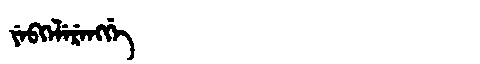
Manchu: ᠶᡝᠪᡴᡝᠯᡝᡵᡝᠩᡤᡝ
Romanization: YEBKELERENGGE